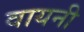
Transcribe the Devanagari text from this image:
वायनी